画像に写った文字を読んでください
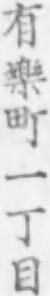
「有樂町一丁目」と書いてあります